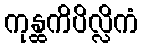
ကုန္ထကိပိလ္လိကံ